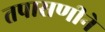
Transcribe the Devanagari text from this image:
तपासणीने